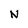
Character: N